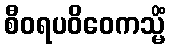
စီဝရပဝိဝေကသ္မိံ